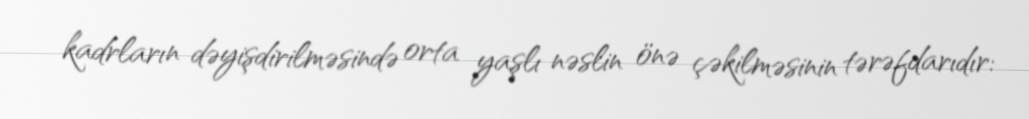
kadrların dəyişdirilməsində orta yaşlı nəslin önə çəkilməsinin tərəfdarıdır: